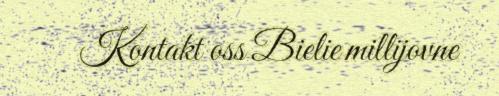
Kontakt oss Bielie millijovne